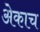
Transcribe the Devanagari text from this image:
अेकाच